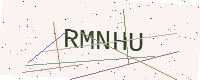
Text: RMNHU